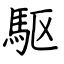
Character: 駆